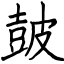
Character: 皷